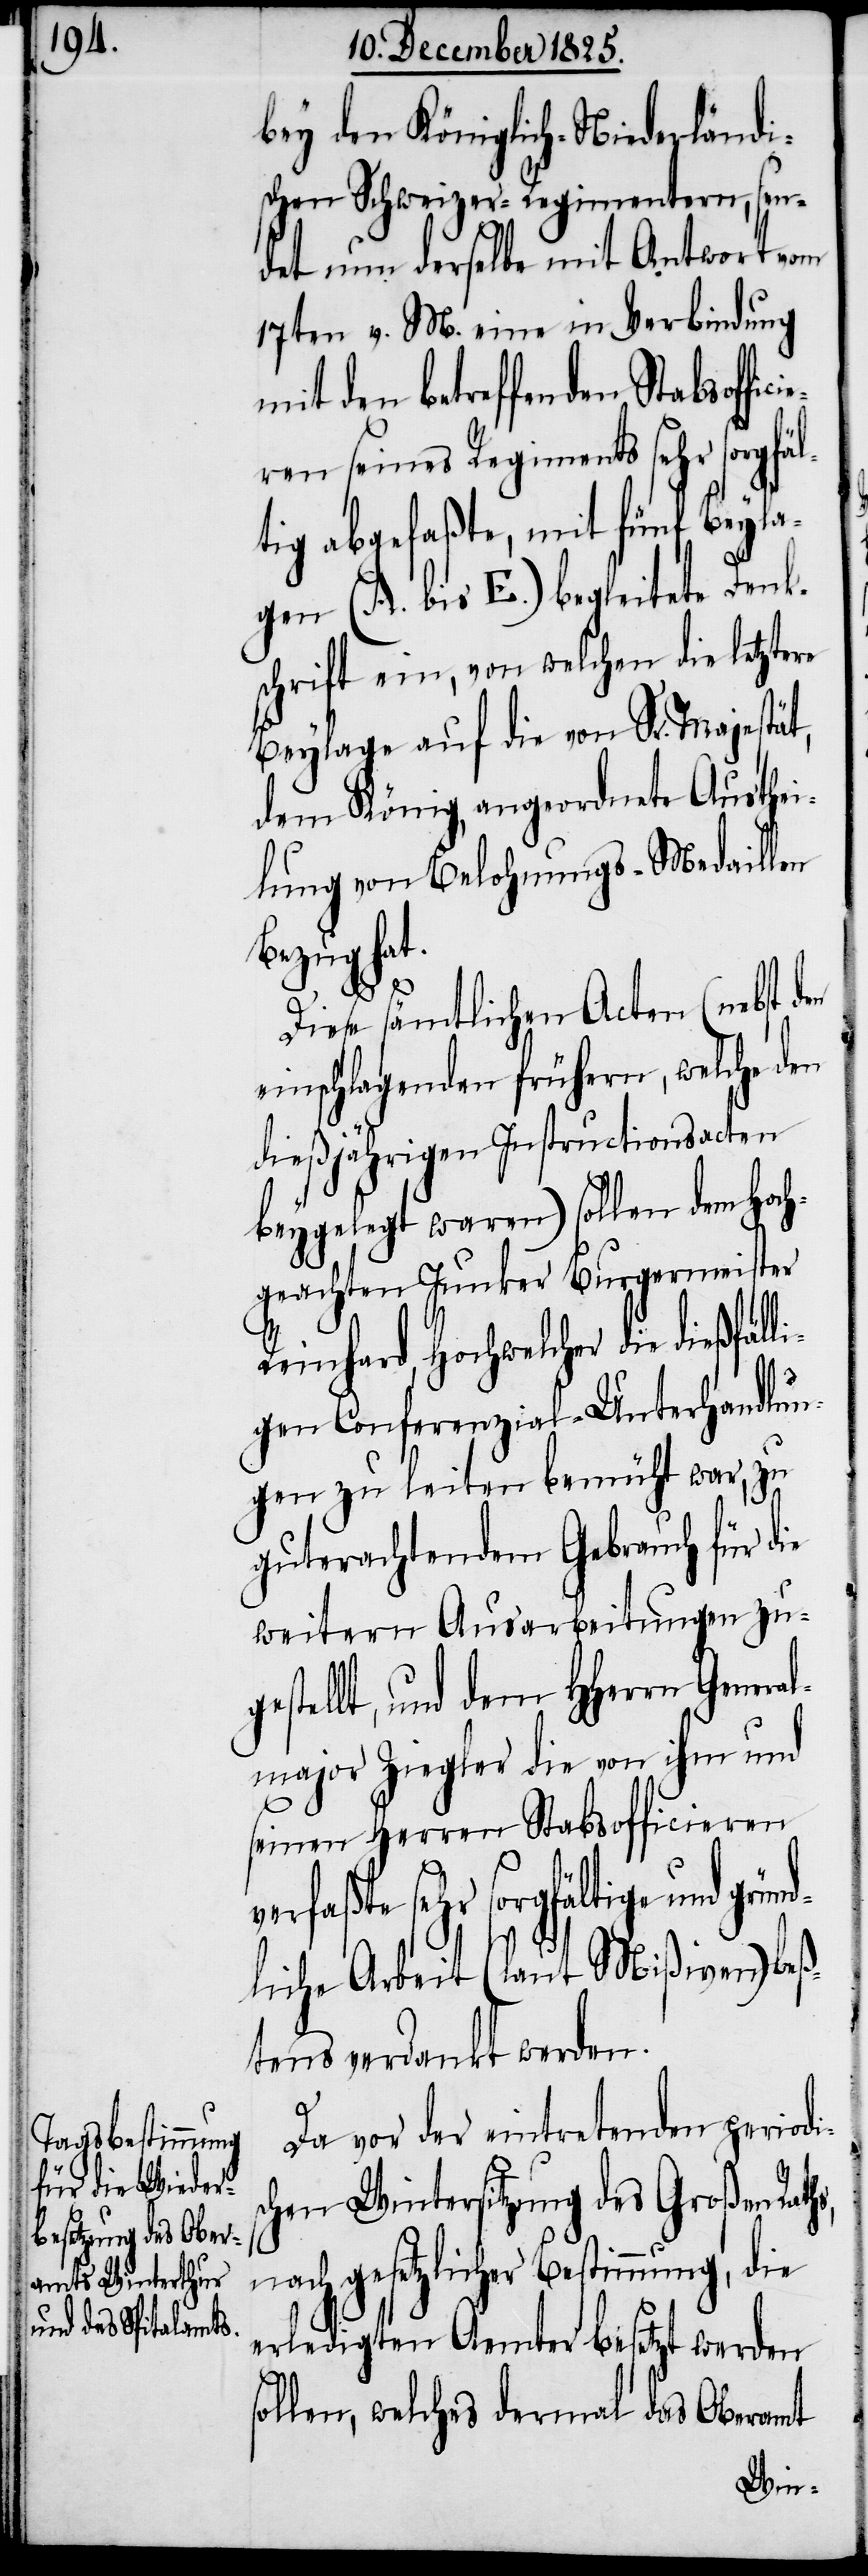
bey den Königlich-Niederländi¬
schen Schweizer-Regimentern, sen¬
det nun derselbe mit Antwort vom
17ten v. M. eine in Verbindung
mit den betreffenden Stabsoffi¬
ciere seines Regiments sehr sorgfäl¬
tig abgefaßte, mit fünf Beyla¬
gen (A. bis E.) begleitete Denk¬
schrift ein, von welchen die letztere
Beylage auf die von Sr. Majestät,
dem König, angeordnete Austhei¬
lung von Belohnungs-Medaillon
Bezug hat.
Diese sämtlichen Acten (nebst den
einschlagenden frühern, welche den
dießjährigen Instructionsacten
beygelegt waren) sollen dem Hoch¬
geachten Junker Burgermeister
sehr sorgfältige und gründ¬
igen Conferenzial-Unterhandlun¬
gen zu leiten bemüht war, zu
guterachtendem Gebrauch für die
weitern Ausarbeitungen zu¬
gestellt, und dem HHerrn General¬
major Ziegler die von ihm und
seinen Herren Stabsofficieren
liche Arbeit (laut Mißiven) beß¬
tens verdankt werden.
hs,
Da vor der eintretenden periodis¬
chen Wintersitzung des Großen Rat¬
nach gesetzlicher Bestimmung,
erledigten Aemter besetzt werden
sollen, welches dermal das Oberamt